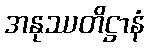
အနုဿတိဋ္ဌာနံ